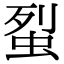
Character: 𧊿